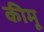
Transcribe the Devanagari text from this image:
कीमू